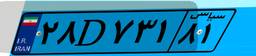
۲۸D۷۳۱۸۱